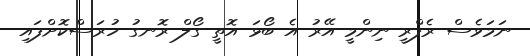
ނަމަވެސް ރެފްރީ ނިންމީ އޭރު އެ ބޯޅަ އޮތީ ގޯލް ރޮނގު ހުރަސްކޮށްފައި